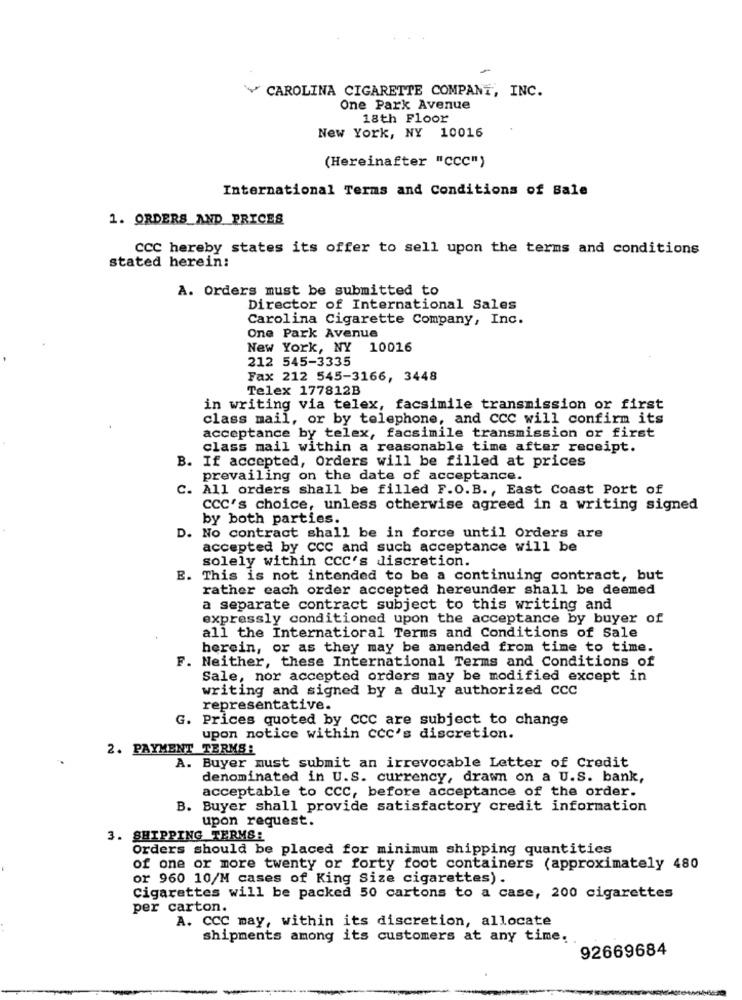
CAROLINA CIGARETTE COMPANY, INC.
One Park Avenue
18th Floor
New York, NY 10016
(Hereinafter "CCC")
International Terms and Conditions of Bale
1. ORDERS_AND_ PRICES
CCC hereby states its offer to sell upon the terms and conditions
stated herein:
A. Orders must be submitted to
Director of International Sales
Carolina Cigarette Company, Inc.
One Park Avenue
New York, NY 10016
212 545-3335
Fax 212 545-3166, 3448
Telex 177812B
in writing via telex, facsimile transmission or first
class mail, or by telephone, and ccc will confirm its
acceptance by telex, facsimile transmission or first
class mail within a reasonable time after receipt.
B. If accepted, Orders will be filled at prices
prevailing on the date of acceptance.
C. All orders shall be filled F.O.B ., East Coast Port of
CCC's choice, unless otherwise agreed in a writing signed
by both parties.
. No contract shall be in force until Orders are
accepted by CCC and such acceptance will be
solely within ccc's discretion.
E. This is not intended to be a continuing contract, but
rather each order accepted hereunder shall be deemed
a separate contract subject to this writing and
expressly conditioned upon the acceptance by buyer of
all the Internatioral Terms and Conditions of Sale
herein, or as they may be amended from time to time.
F. Neither, these International Terms and Conditions of
Sale, nor accepted orders may be modified except in
writing and signed by a duly authorized CCC
representative.
G. Prices quoted by ccc are subject to change
upon notice within ccc's discretion.
2. PAYMENT TERMS:
A. Buyer must submit an irrevocable Letter of Credit
denominated in U.S. currency, drawn on a U.S. bank,
acceptable to CCC, before acceptance of the order.
B. Buyer shall provide satisfactory credit information
upon request.
3. SHIPPING TERMS:
Orders should be placed for minimum shipping quantities
of one or more twenty or forty foot containers (approximately 480
or 960 10/M cases of King Size cigarettes).
Cigarettes will be packed 50 cartons to a case, 200 cigarettes
per carton.
A. CCC may, within its discretion, allocate
shipments among its customers at any time.
92669684